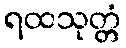
ရထသုတ္တံ